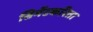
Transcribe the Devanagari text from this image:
सिमेंटकरिता